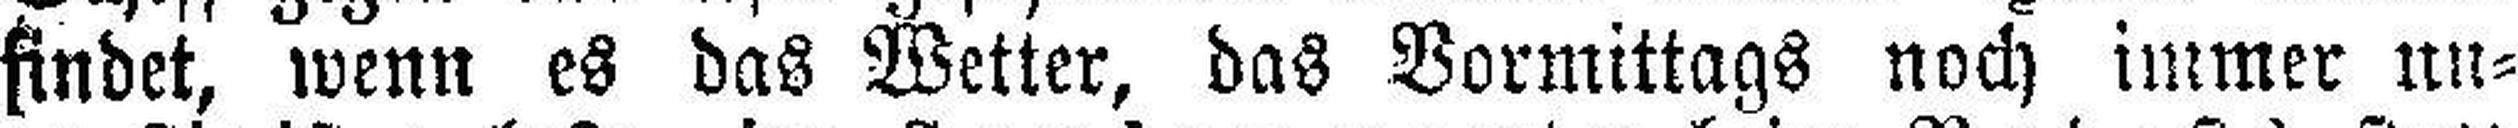
findet, wenn es das Wetter, das Vormittags noch immer un¬